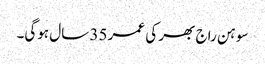
سوہن راج بھر کی عمر 35 سال ہوگی۔